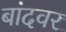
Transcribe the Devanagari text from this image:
बांदवर